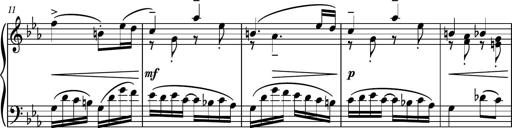
Title: Piano Sonatina No.5
Composer: Dimitri Sykias
Key: C minor